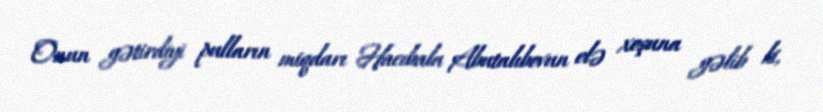
Onun gətirdiyi pulların miqdarı Hacıbala Abutalıbovun elə xoşuna gəlib ki,